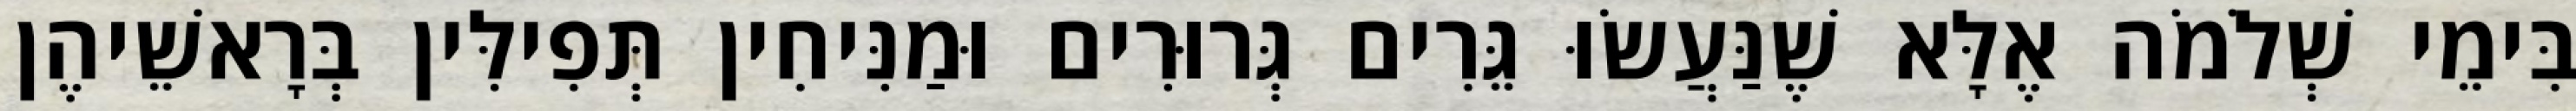
בִּימֵי שְׁלֹמֹה אֶלָּא שֶׁנַּעֲשׂוּ גֵּרִים גְּרוּרִים וּמַנִּיחִין תְּפִילִּין בְּרָאשֵׁיהֶן